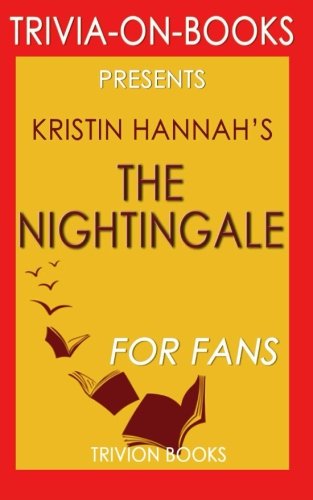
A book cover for The Nightingale by Kristin Hannah (Trivia-on-Books); Triviaon Books; Humor & Entertainment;